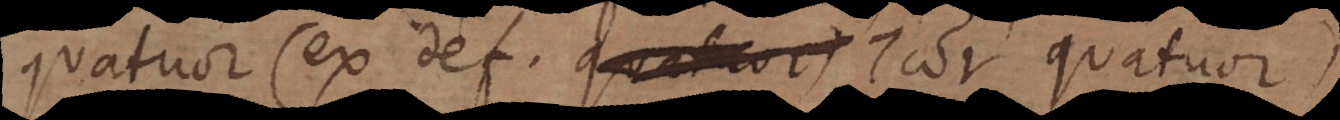
quatuor (ex def. τω ν quatuor)